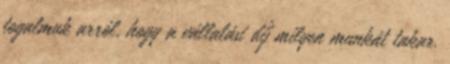
fogalmuk arról, hogy a vállalási díj milyen munkát takar.